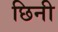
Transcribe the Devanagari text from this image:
छिनी